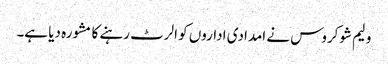
ولیم شوکروس نے امدادی اداروں کو الرٹ رہنے کا مشورہ دیا ہے۔